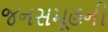
જનસમૂહની